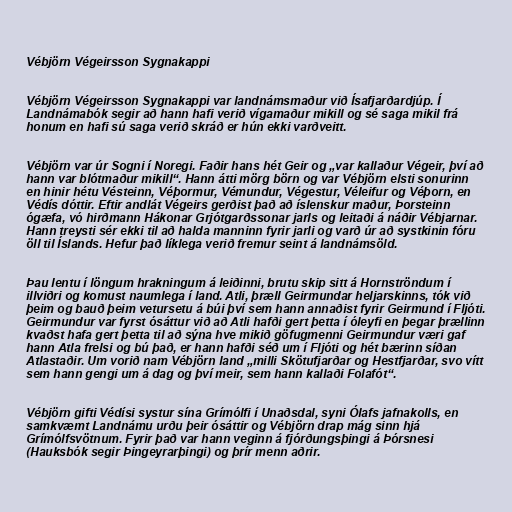
Vébjörn Végeirsson Sygnakappi

Vébjörn Végeirsson Sygnakappi var landnámsmaður við Ísafjarðardjúp. Í
Landnámabók segir að hann hafi verið vígamaður mikill og sé saga mikil frá
honum en hafi sú saga verið skráð er hún ekki varðveitt.

Vébjörn var úr Sogni í Noregi. Faðir hans hét Geir og „var kallaður Végeir, því að
hann var blótmaður mikill“. Hann átti mörg börn og var Vébjörn elsti sonurinn
en hinir hétu Vésteinn, Véþormur, Vémundur, Végestur, Véleifur og Véþorn, en
Védís dóttir. Eftir andlát Végeirs gerðist það að íslenskur maður, Þorsteinn
ógæfa, vó hirðmann Hákonar Grjótgarðssonar jarls og leitaði á náðir Vébjarnar.
Hann treysti sér ekki til að halda manninn fyrir jarli og varð úr að systkinin fóru
öll til Íslands. Hefur það líklega verið fremur seint á landnámsöld.

Þau lentu í löngum hrakningum á leiðinni, brutu skip sitt á Hornströndum í
illviðri og komust naumlega í land. Atli, þræll Geirmundar heljarskinns, tók við
þeim og bauð þeim vetursetu á búi því sem hann annaðist fyrir Geirmund í Fljóti.
Geirmundur var fyrst ósáttur við að Atli hafði gert þetta í óleyfi en þegar þrællinn
kvaðst hafa gert þetta til að sýna hve mikið göfugmenni Geirmundur væri gaf
hann Atla frelsi og bú það, er hann hafði séð um í Fljóti og hét bærinn síðan
Atlastaðir. Um vorið nam Vébjörn land „milli Skötufjarðar og Hestfjarðar, svo vítt
sem hann gengi um á dag og því meir, sem hann kallaði Folafót“.

Vébjörn gifti Védísi systur sína Grímólfi í Unaðsdal, syni Ólafs jafnakolls, en
samkvæmt Landnámu urðu þeir ósáttir og Vébjörn drap mág sinn hjá
Grímólfsvötnum. Fyrir það var hann veginn á fjórðungsþingi á Þórsnesi
(Hauksbók segir Þingeyrarþingi) og þrír menn aðrir.